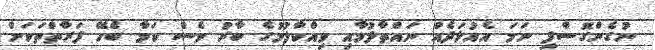
ނުގެންގޮސްފި ނަމަ އެއުޅަދެއް ނައްތާލުމާއި ވިއްކާލުމުގެ ބާރު ވެސް ކަމާ ބެހޭ ފަރާތްތަކަށް